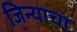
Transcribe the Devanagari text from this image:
जिन्याचा